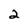
Character: 2